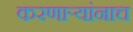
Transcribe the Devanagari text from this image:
करणाऱ्यांनाच